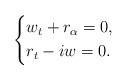
LaTeX: \begin{align*} \left\{\begin{aligned} & w_{ t} + r_\alpha = 0,\\& r_t - i w = 0.\end{aligned}\right.\end{align*}